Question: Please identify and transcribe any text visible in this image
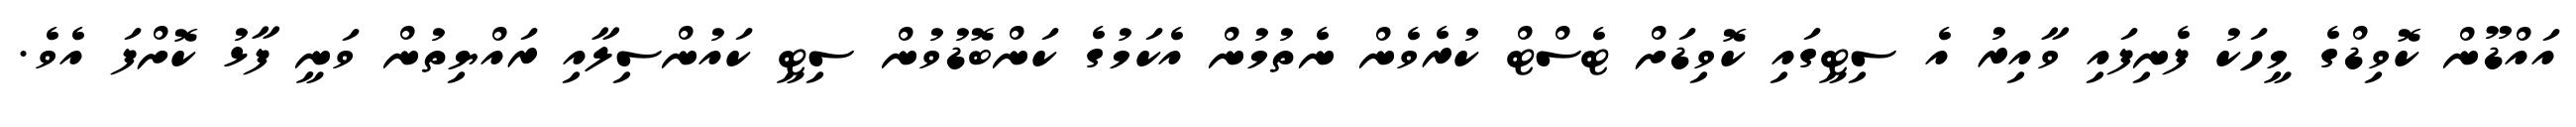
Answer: އައްޑޫން ކޮވިޑްގެ މީހަކު ފެނިފައި ވާއިރު އެ ސިޓީގައި ކޮވިޑަށް ޓެސްޓް ކުރެވެން ނެތުމުން އެކަމުގެ ކަންބޮޑުވުން ސިޓީ ކައުންސިލާއި ރައްޔިތުން ވަނީ ފާޅު ކޮށްފަ އެވެ.